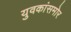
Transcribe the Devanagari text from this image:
युवकांसमोर